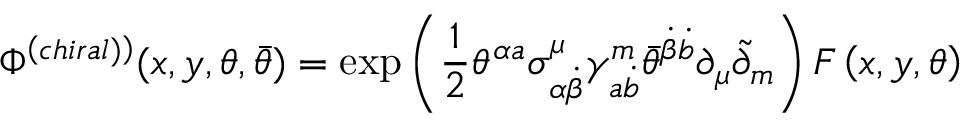
\Phi ^ { \left( c h i r a l ) \right) } ( x , y , \theta , \bar { \theta } ) = \exp \left( \frac 1 2 \theta ^ { \alpha a } \sigma _ { \alpha \dot { \beta } } ^ { \mu } \gamma _ { a \dot { b } } ^ { m } \bar { \theta } ^ { \dot { \beta } \dot { b } } \partial _ { \mu } \tilde { \partial } _ { m } \right) F \left( x , y , \theta \right)